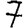
Digit: 7